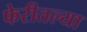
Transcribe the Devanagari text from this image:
फेरीतल्या